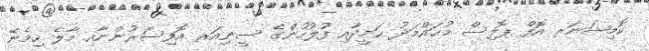
ކޮމިޝަނަރ އޮފް ޕޮލިސް މުޙައްމަދު ޙަމީދާއި ފުލުހުންގެ ސީނިއަރ އޮފިސަރުންނާއި މާލެ ހިމެނޭ